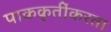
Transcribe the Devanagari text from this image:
पाककृतींकरता